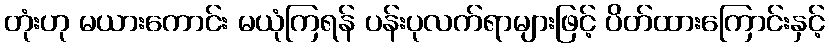
တုံးဟု မယားကောင်း မယုံကြရန် ပန်းပုလက်ရာများဖြင့် ပိတ်ထားကြောင်းနှင့်